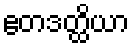
ဧတဒတ္ထိယာ